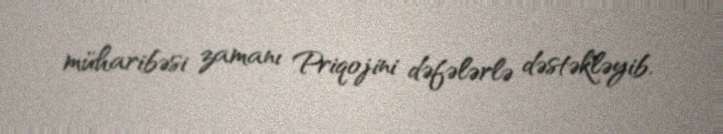
müharibəsi zamanı Priqojini dəfələrlə dəstəkləyib.